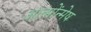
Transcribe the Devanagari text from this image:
आत्मोंन्मेष